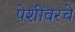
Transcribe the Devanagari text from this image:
पेशींवरचे